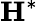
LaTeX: \mathbf{H}^{*}